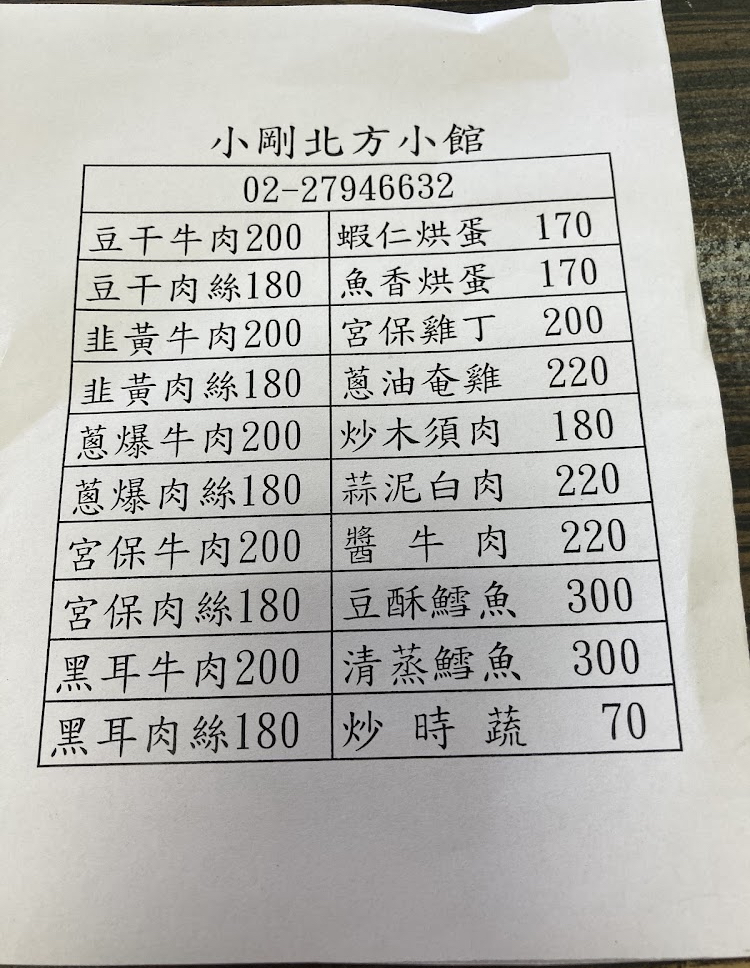
餐廳：小剛北方小館
電話：02-27946632
菜單：
name: 豆干牛肉
price: 200
name: 蝦仁烘蛋
price: 170
name: 豆干肉絲
price: 180
name: 魚香烘蛋
price: 170
name: 韭黃牛肉
price: 200
name: 宮保雞丁
price: 200
name: 韭黃肉絲
price: 180
name: 蔥油奄雞
price: 220
name: 蔥爆牛肉
price: 200
name: 炒木須肉
price: 180
name: 蔥爆肉絲
price: 180
name: 蒜泥白肉
price: 220
name: 宮保牛肉
price: 200
name: 醬牛肉
price: 220
name: 宮保肉絲
price: 180
name: 豆酥鱈魚
price: 300
name: 黑耳牛肉
price: 200
name: 清蒸鱈魚
price: 300
name: 黑耳肉絲
price: 180
name: 炒時蔬
price: 70